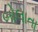
બોલાતા